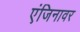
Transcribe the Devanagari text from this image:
एंजिनावर